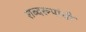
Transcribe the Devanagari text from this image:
शब्दरूपांची